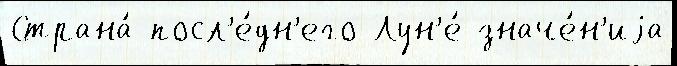
Страна́ посл'е́дн'его Лун'е́ значе́н'иjа